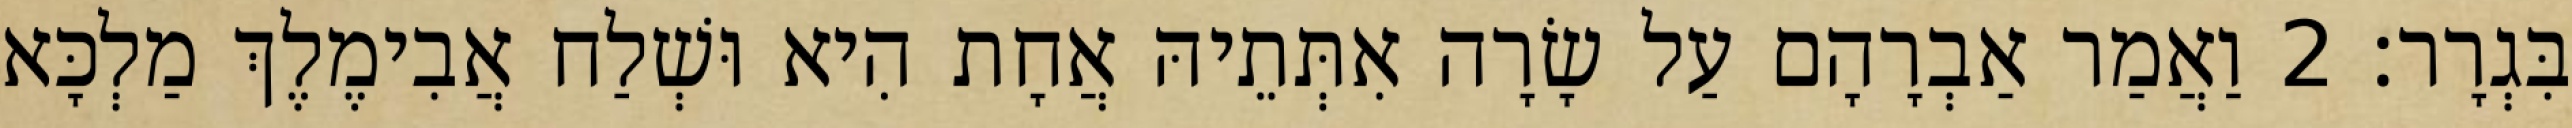
בִּגְרָר׃ 2 וַאֲמַר אַבְרָהָם עַל שָׂרָה אִתְּתֵיהּ אֲחָת הִיא וּשְׁלַח אֲבִימֶלֶךְ מַלְכָּא